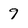
Character: 9